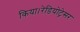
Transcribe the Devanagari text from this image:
किया।रेडियोट्रेसर